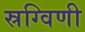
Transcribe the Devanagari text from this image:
स्रग्विणी